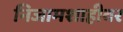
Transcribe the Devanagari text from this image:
निजामशाहीवर